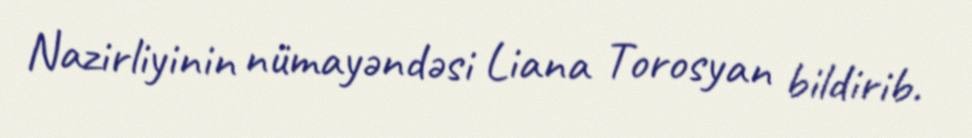
Nazirliyinin nümayəndəsi Liana Torosyan bildirib.